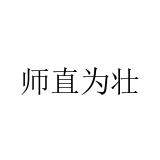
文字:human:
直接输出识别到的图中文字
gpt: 师直为壮